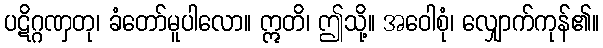
ပဋိဂ္ဂဏှတု၊ ခံတော်မူပါလော။ ဣတိ၊ ဤသို့။ အဝေါစုံ၊ လျှောက်ကုန်၏။